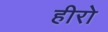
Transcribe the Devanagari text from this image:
हीरो